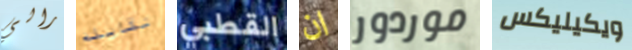
رالي نقابله القطبي ان موردور ويكيليكس